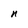
Character: n